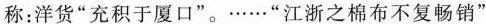
称：洋货”充积于厦口”。……”江浙之棉布不复畅销”